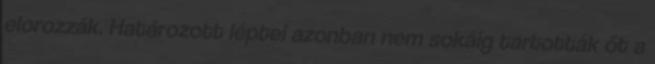
elorozzák. Határozott léptei azonban nem sokáig tartották őt a